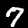
Digit: 7